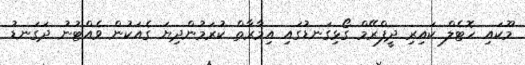
މޫކައި ހޮޓެލް ކައިރި ދީފްރޭމް ގޯޅިގަނޑުގައި އިމާރާތް ކުރަމުންދިޔަ ގެއަކުން ވެއްޓުނު ދަގަނޑު